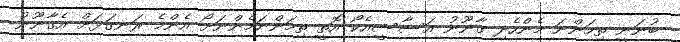
ބުނަނީ ތިމަންނަ މެންހެދި ގާނޫނު އަސާސީއެކޯ އޮތީ ތިމަންނަމެންނަށޯ އެންމެ ރަނގަޅަށް އެގާނޫނު